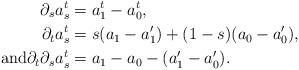
LaTeX: \begin{align*} \partial_s a_s^t & = a_1^t - a_0^t,\\\partial_t a_s^t & = s(a_1 - a_{1}^{\prime}) +(1-s) (a_0 - a_{0}^{\prime}),\\ \textrm{and} \partial_t \partial_s a_s^t & = a_1 - a_0 - (a_{1}^{\prime} - a_{0}^{\prime}).\end{align*}